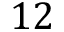
1 2